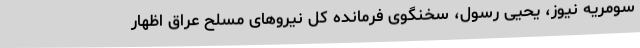
سومریه نیوز، یحیی رسول، سخنگوی فرمانده کل نیروهای مسلح عراق اظهار